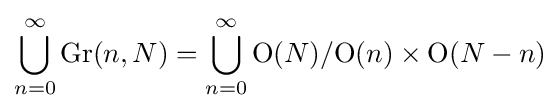
\bigcup _{n=0}^{\infty }\mathrm {Gr} (n,N)=\bigcup _{n=0}^{\infty }\mathrm {O} (N)/\mathrm {\mathrm {O} } (n)\times \mathrm {\mathrm {O} } (N-n)